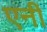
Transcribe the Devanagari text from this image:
एनीं